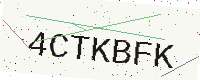
Text: 4CTKBFK